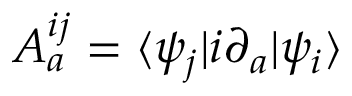
A _ { a } ^ { i j } = \langle \psi _ { j } | i \partial _ { a } | \psi _ { i } \rangle